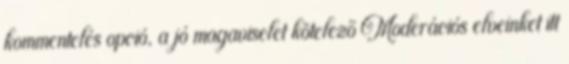
kommentelés opció, a jó magaviselet kötelező Moderációs elveinket itt